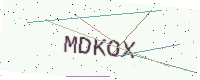
Text: MDKOX